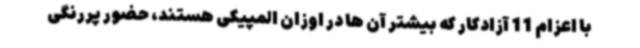
با اعزام 11 آزادکار که بیشتر آن ها در اوزان المپیکی هستند، حضور پررنگی